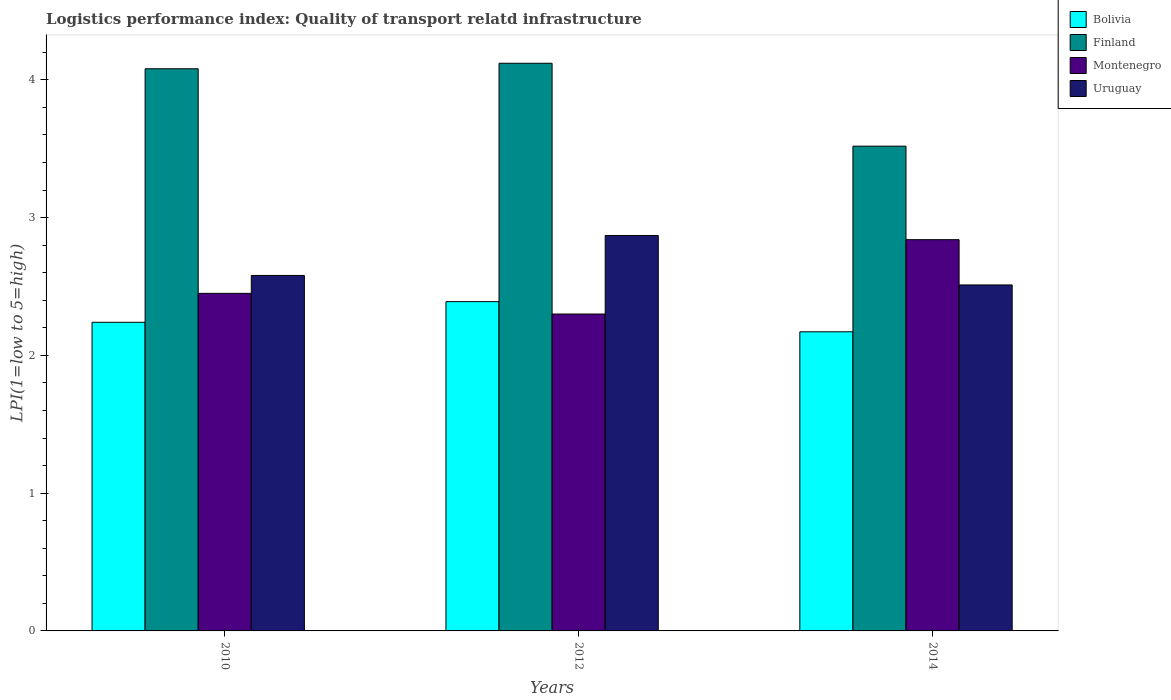
| Years | Bolivia | Finland | Montenegro | Uruguay |
 | --- | --- | --- | --- | --- |
 | 2010 | 2.24 | 4.08 | 2.45 | 2.58 |
 | 2012 | 2.39 | 4.12 | 2.3 | 2.87 |
 | 2014 | 2.17 | 3.52 | 2.84 | 2.51 |